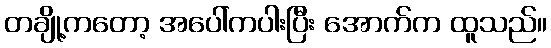
တချို့ကတော့ အပေါ်ကပါးပြီး အောက်က ထူသည်။